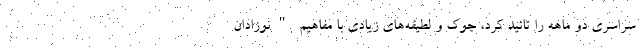
سراسری دو ماهه را تائید کرد، جوک و لطیفه‌های زیادی با مفاهیم "نوزادان